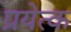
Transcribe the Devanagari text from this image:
प्रयेत्क